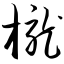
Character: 栊